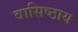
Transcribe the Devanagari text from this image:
वासिष्ठाय